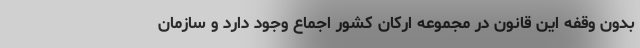
بدون وقفه این قانون در مجموعه ارکان کشور اجماع وجود دارد و سازمان